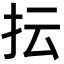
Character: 抎